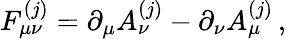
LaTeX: F_{\mu\nu}^{(j)}=\partial_{\mu}A_{\nu}^{(j)}-\partial_{\nu}A_{\mu}^{(j)}\, ,